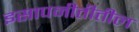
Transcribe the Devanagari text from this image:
इसापनीतीतील